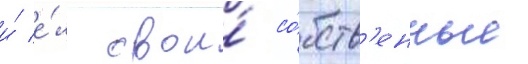
и́ е́л свои́ со́бств'енные